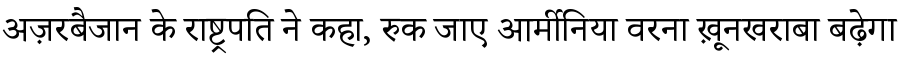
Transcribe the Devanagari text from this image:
अज़रबैजान के राष्ट्रपति ने कहा, रुक जाए आर्मीनिया वरना ख़ूनखराबा बढ़ेगा